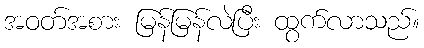
အဝတ်အစား မြန်မြန်လဲပြီး ထွက်လာသည်။